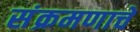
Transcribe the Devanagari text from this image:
संक्रमणाचे